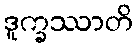
ဒူက္ခဿာတိ